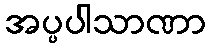
အပ္ပပါသာဏာ